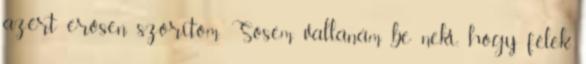
azért erősen szorítom. Sosem vallanám be neki, hogy félek